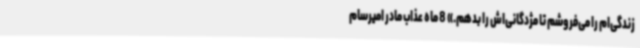
زندگی‌ام را می‌فروشم تا مژدگانی‌اش را بدهم.» 8 ماه عذاب مادر امیرسام